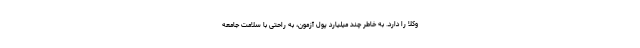
وکلا را دارد. به خاطر چند میلیارد پول آزمون، به راحتی با سلامت جامعه